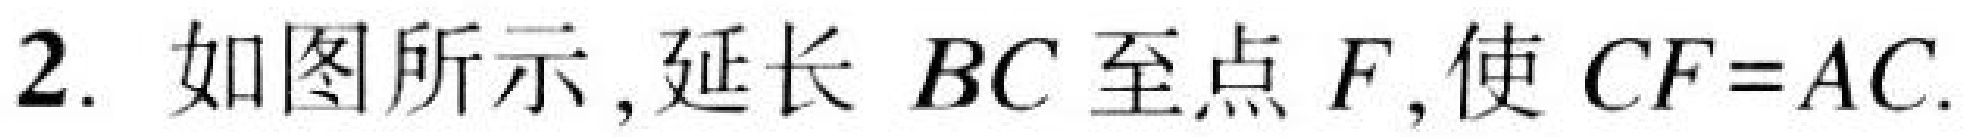
2. 如图所示，延长 \(BC\) 至点 \(F\)，使 \(CF = AC\).